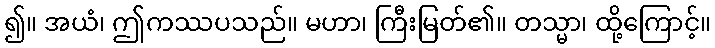
၍။ အယံ၊ ဤကဿပသည်။ မဟာ၊ ကြီးမြတ်၏။ တသ္မာ၊ ထို့ကြောင့်။